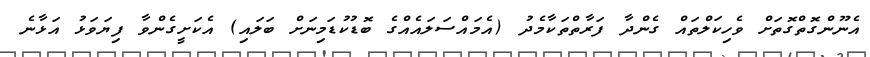
އެނޫންގޮތްގޮތަށް ވެހިކަލްތައް ގެންދާ ފަރާތްތަކާމެދު (އެމައްސަލައެއްގެ ބޮޑުކުޑަމިނަށް ބަލައި) އެކަށީގެންވާ ފިޔަވަޅު އަޅާނެ